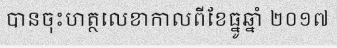
បានចុះហត្ថលេខាកាលពីខែធ្នូឆ្នាំ ២០១៧